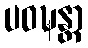
ပဝဍ္ဎန္တာ